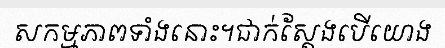
សកម្មភាពទាំងនោះ។ជាក់ស្តែងបើយោង